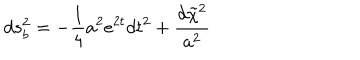
d s _ { b } ^ { 2 } = - \frac { 1 } { 4 } a ^ { 2 } e ^ { 2 t } d t ^ { 2 } + \frac { d \tilde { \chi } ^ { 2 } } { a ^ { 2 } }